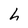
Character: h